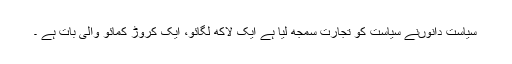
سیاست دانوںنے سیاست کو تجارت سمجھ لیا ہے ایک لاکھ لگائو، ایک کروڑ کمائو والی بات ہے ۔